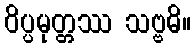
ဝိပ္ပမုတ္တဿ သဗ္ဗဓိ။